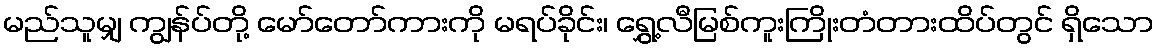
မည်သူမျှ ကျွန်ပ်တို့ မော်တော်ကားကို မရပ်ခိုင်း၊ ရွှေ့လီမြစ်ကူးကြိုးတံတားထိပ်တွင် ရှိသော